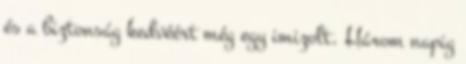
és a biztonság kedvéért még egy imizolt. Három napig